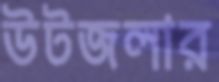
উটজলার